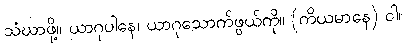
သံဃာဖို့။ ယာဂုပါနေ၊ ယာဂုသောက်ဖွယ်ကို။ (ကိယမာနေ) ဝါ၊